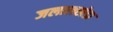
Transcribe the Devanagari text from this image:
जलालखेडा